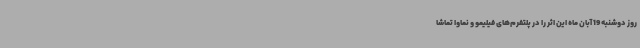
روز دوشنبه 19 آبان ماه این اثر را در پلتفرم‌های فیلیمو و نماوا تماشا